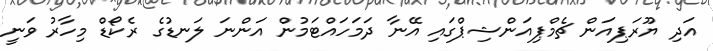
އަދި ޔޫރަޕިއަން ޗެމްޕިއަންޝިޕްގައި އޭނާ ދަމަހައްޓަމުން އަންނަ ލަނޑުގެ ރެކޯޑް މިހާރު ވަނީ